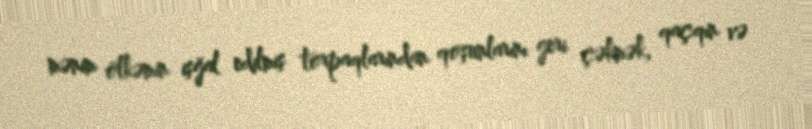
mənim ölkəmin işğal edilmiş torpaqlarından qoşunlarını geri çəkmək, qaçqın və